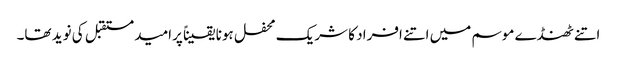
اتنے ٹھنڈے موسم میں اتنے افراد کا شریک محفل ہونا یقیناً پرامید مستقبل کی نوید تھا۔